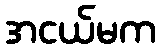
အငယ်မက